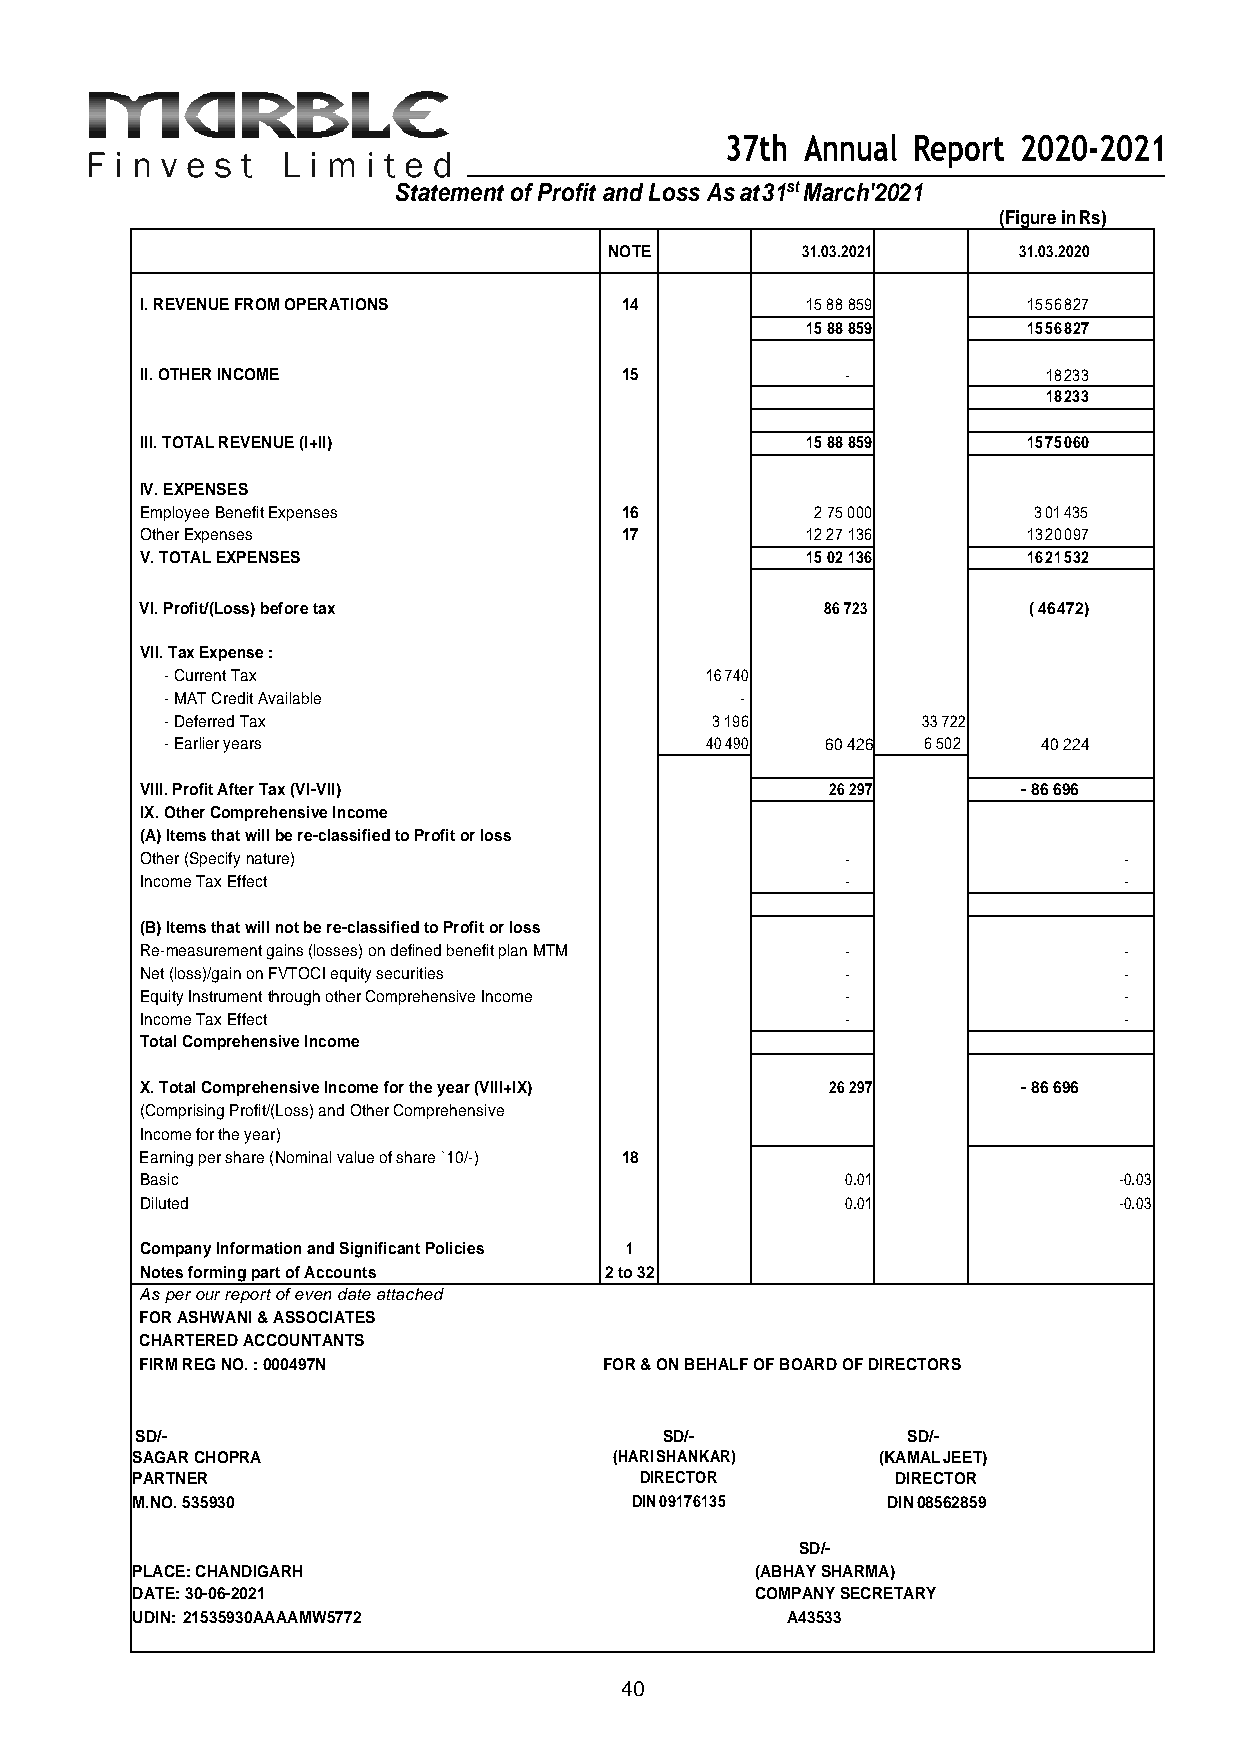
37th Annual Report 2020-2021
 Statement of Profit and Loss As at 31st March'2021
 (Figure in Rs)
 NOTE         31.03.2021    31.03.2020
 I. REVENUE FROM OPERATIONS      14          15 88 859      15 56 827
 15 88 859      15 56 827
 II. OTHER INCOME                15             -            18 233
 18 233
 III. TOTAL REVENUE (I+II)                   15 88 859      15 75 060
 IV. EXPENSES
 Employee Benefit Expenses       16           2 75 000      3 01 435
 Other Expenses                  17          12 27 136      13 20 097
 V. TOTAL EXPENSES                           15 02 136      16 21 532
 VI. Profit/(Loss) before tax                  86 723       ( 46 472)
 VII. Tax Expense :
 - Current Tax                       16 740
 - MAT Credit Available                -
 - Deferred Tax                      3 196         33 722
 - Earlier years                     40 490  60 426 6 502  40 224
 VIII. Profit After Tax (VI-VII)               26 297       - 86 696
 IX. Other Comprehensive Income
 (A) Items that will be re-classified to Profit or loss
 Other (Specify nature)                         -                 -
 Income Tax Effect                              -                 -
 (B) Items that will not be re-classified to Profit or loss
 Re-measurement gains (losses) on defined benefit plan MTM -      -
 Net (loss)/gain on FVTOCI equity securities    -                 -
 Equity Instrument through other Comprehensive Income -           -
 Income Tax Effect                              -                 -
 Total Comprehensive Income
 X. Total Comprehensive Income for the year (VIII+IX) 26 297 - 86 696
 (Comprising Profit/(Loss) and Other Comprehensive
 Income for the year)
 Earning per share (Nominal value of share `10/-) 18
 Basic                                          0.01              -0.03
 Diluted                                        0.01              -0.03
 Company Information and Significant Policies 1
 Notes forming part of Accounts 2 to 32
 As per our report of even date attached
 FOR ASHWANI & ASSOCIATES
 CHARTERED ACCOUNTANTS
 FIRM REG NO. : 000497N         FOR & ON BEHALF OF BOARD OF DIRECTORS
 SD/-                               SD/-            SD/-
 SAGAR CHOPRA                    (HARI SHANKAR)   (KAMAL JEET)
 PARTNER                          DIRECTOR         DIRECTOR
 M.NO. 535930                     DIN 09176135     DIN 08562859
 SD/-
 PLACE: CHANDIGARH                        (ABHAY SHARMA)
 DATE: 30-06-2021                         COMPANY SECRETARY
 UDIN: 21535930AAAAMW5772                   A43533
 40